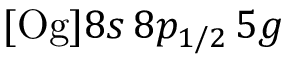
[ \mathrm { O g } ] 8 s \, 8 p _ { 1 / 2 } \, 5 g